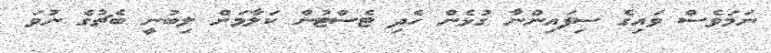
ނަމަވެސް ވައިގެ ސިފައިންނާ ގުޅެން ހެދި ޓެސްޓުން ކަލާމަށް ލިބުނީ ބެޗުގެ ނުވަ